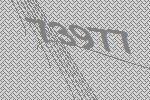
73977